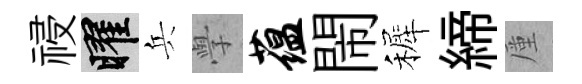
祲曜兵𭓕蕴閙裤締厪